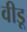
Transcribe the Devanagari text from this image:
वीडू